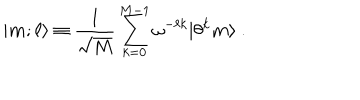
| { \bf m } ; \ell \rangle \equiv { \frac { 1 } { \sqrt { M } } } \sum _ { k = 0 } ^ { M - 1 } \omega ^ { - \ell k } | \theta ^ { k } { \bf m } \rangle ~ .